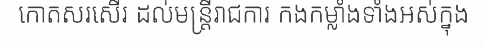
កោតសរសើរ ដល់មន្ត្រីរាជការ កងកម្លាំងទាំងអស់ក្នុង